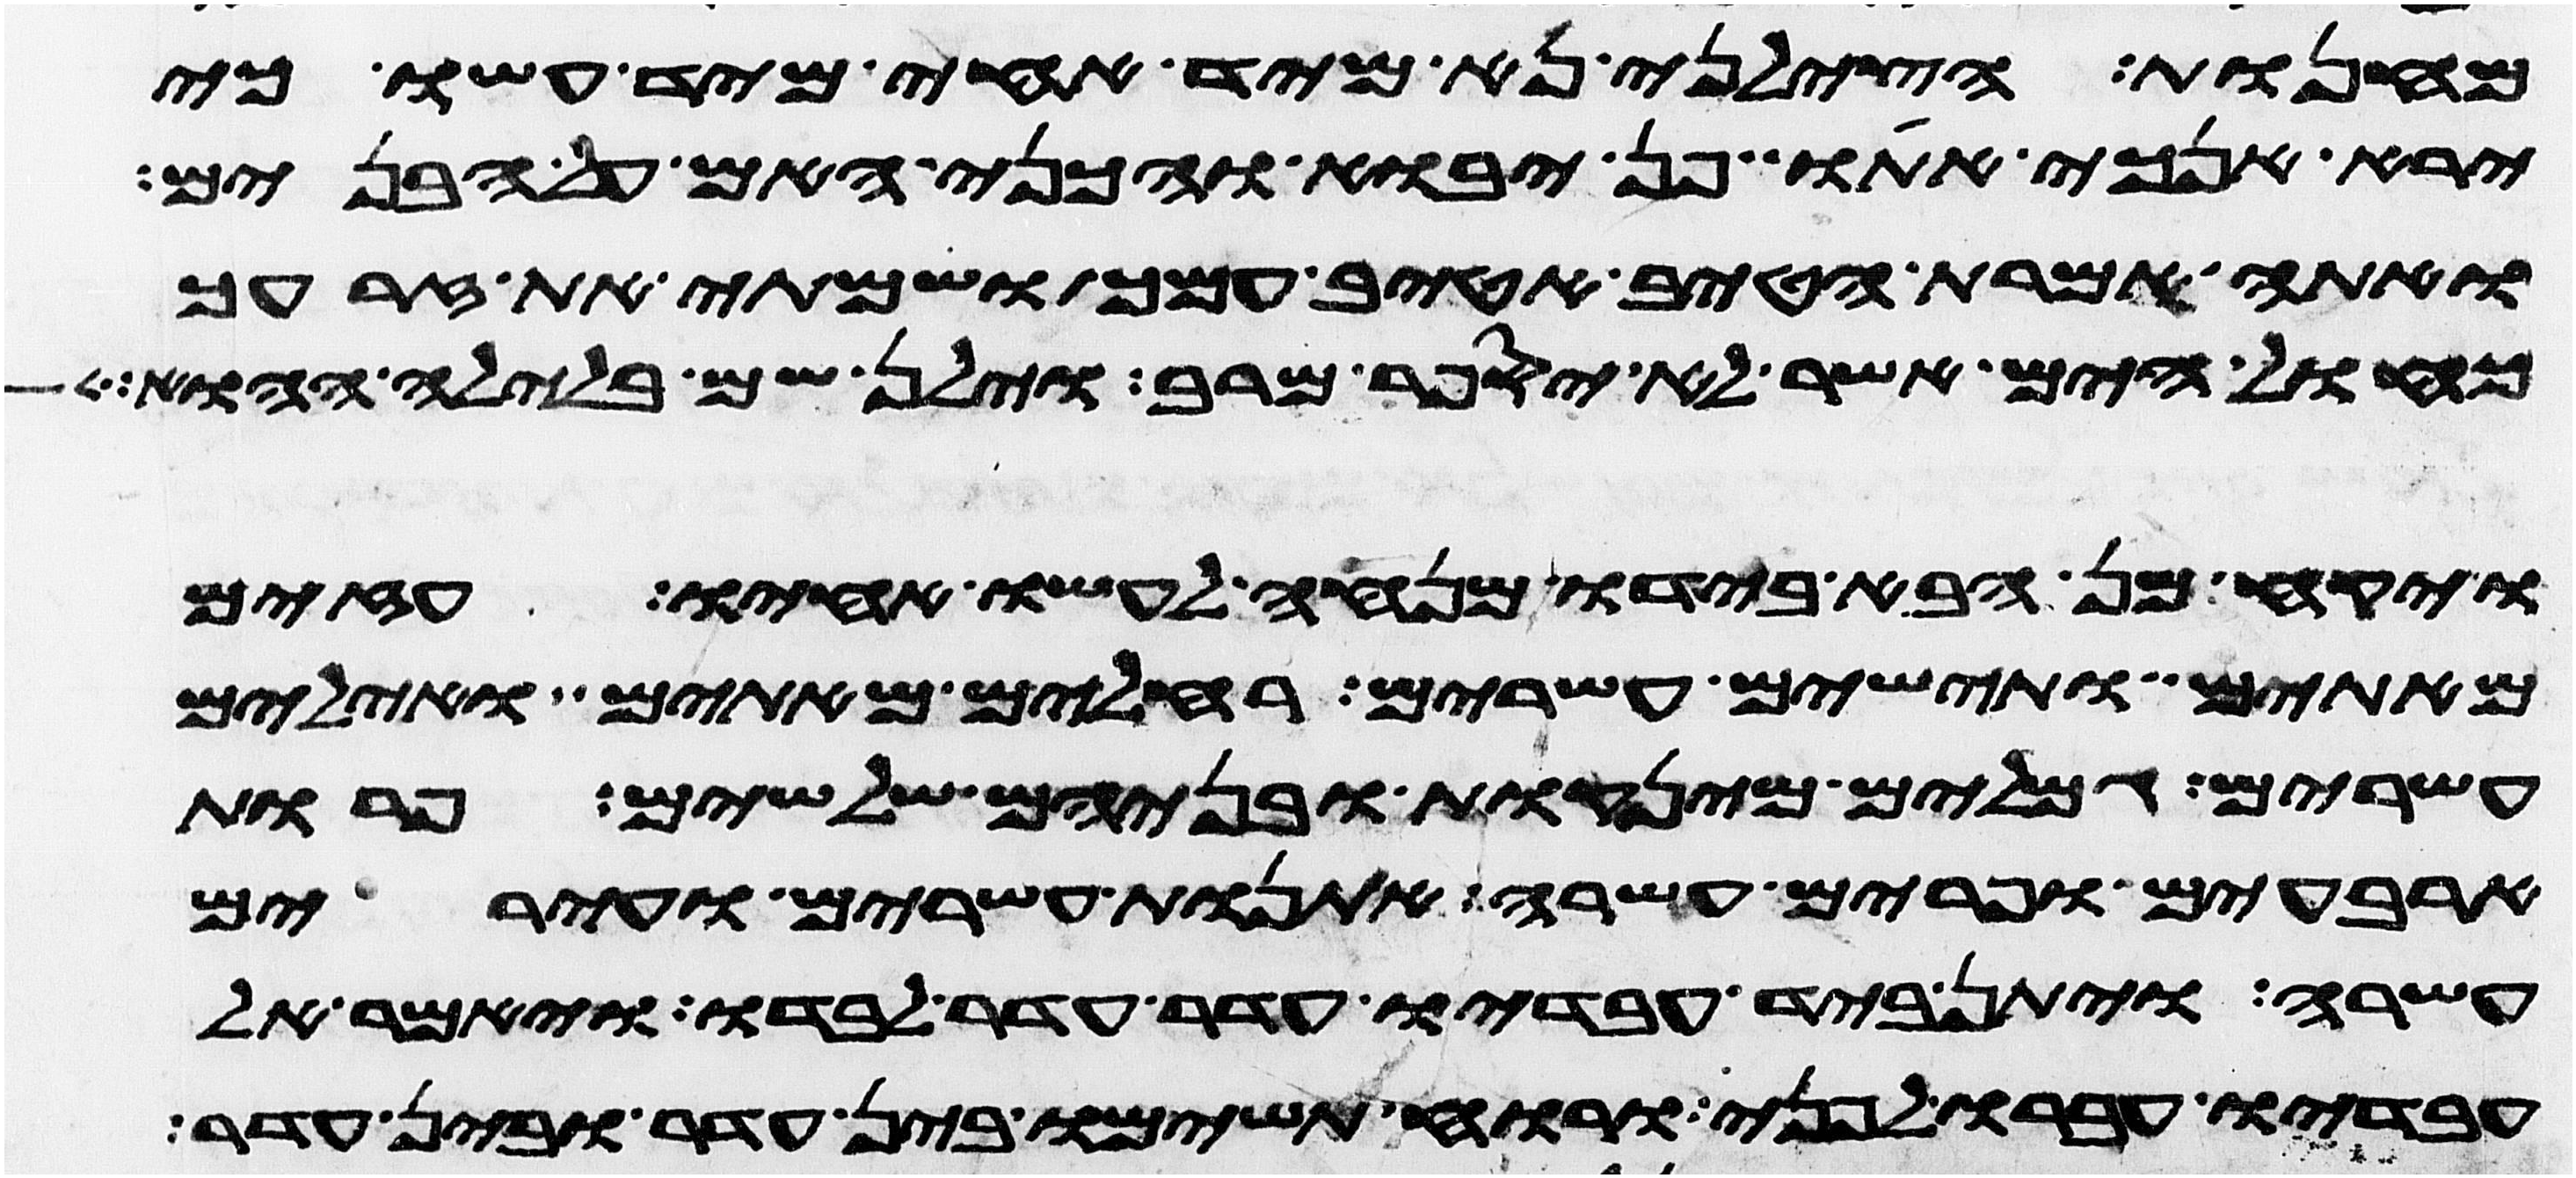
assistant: מחנות הצלני נא מיד אחי מיד עשו כי
ירא אנכי אתו פן יבוא והכני האם על הבנים
ואתה אמרת הטיב אטיב עמך ושמתי את זרעך
כחול הים אשר לא יספר מרב וילן שם בלילה ההוא
ויקח מן הבא בידו מנחה לעשו אחיו עזים
מאתים ותישים עשרים רחלים מאתים ואילים
עשרים גמלים מינקות ובניהם שלשים פרות
ארבעים ופרים עשרה אתנות עשרים ועירים
עשרה ויתן ביד עבדיו עדר עדר לבדו ויאמר אל
עבדיו עברו לפני ורוח תשימו בין עדר ובין עדר